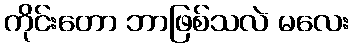
ကိုင်းတော ဘာဖြစ်သလဲ မလေး